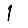
Digit: 1